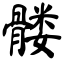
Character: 髅